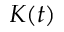
K ( t )